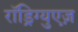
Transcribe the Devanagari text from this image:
रॉड्रिग्युएज़